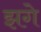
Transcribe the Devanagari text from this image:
झगे